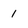
Character: 1